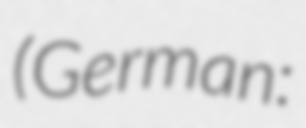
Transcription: (German: